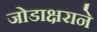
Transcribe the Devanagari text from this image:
जोडाक्षराने